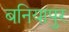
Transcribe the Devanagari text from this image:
बनियापुर